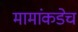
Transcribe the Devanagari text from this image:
मामांकडेच